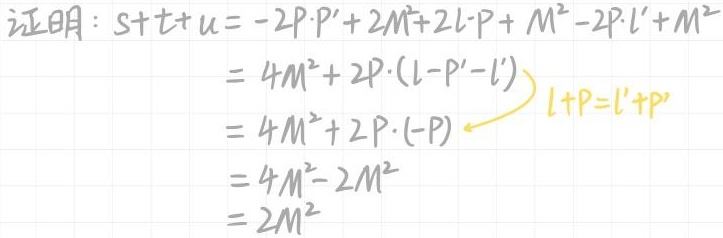
证明：
\begin{align*}
s + t + u&= -2P\cdot P' + 2M^2+2l\cdot P + M^2 - 2P\cdot l'+M^2\\
&=4M^2 + 2P\cdot (l - P' - l')\\
&=4M^2 + 2P\cdot (-P) \quad \textcolor{yellow}{l + P = l' + P'}\\
&=4M^2 - 2M^2\\
&=2M^2
\end{align*}